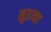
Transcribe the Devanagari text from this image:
मुडावद